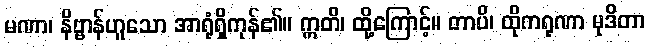
မဏာ၊ နိဗ္ဗာန်ဟူသော အာရုံရှိကုန်၏။ ဣတိ၊ ထို့ကြောင့်။ တာပိ၊ ထိုကရုဏာ မုဒိတာ